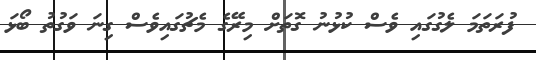
ފުރަތަމަ ލެގުގައި ވެސް ކުޅުނު ގޮތަށް މިރޭގެ މެޗުގައިވެސް ގިނަ ވަގުތު ބޯޅަ